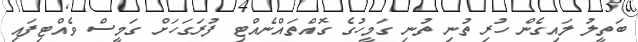
ބަތީލު ލައިގެން ހުރި ތުނި ތުނި ގަމީހުގެ ގޮއްތައްނެއްޓި ފުރަގަހަށް ގަމީސް ވެއްޓިފައި